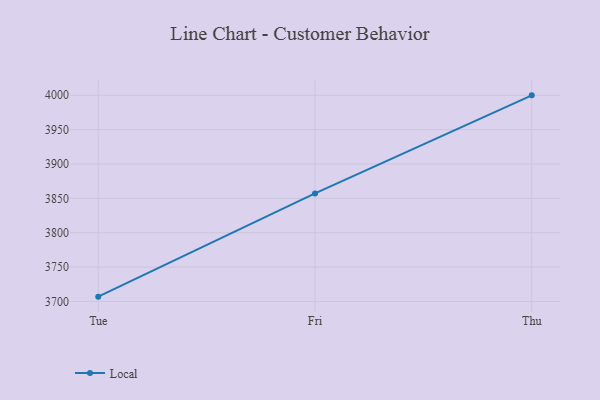
{"axis": {"x": "Day", "y": "Revenue (USD Million)"}, "legend": ["Local"], "data": [{"x": "Tue", "y": 3707.0, "type": "Local"}, {"x": "Fri", "y": 3857.2, "type": "Local"}, {"x": "Thu", "y": 3999.9, "type": "Local"}]}